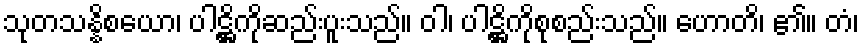
သုတသန္နိစယော၊ ပါဋ္ဌိကိုဆည်းပူးသည်။ ဝါ၊ ပါဋ္ဌိကိုစုစည်းသည်။ ဟောတိ၊ ၏။ တံ၊